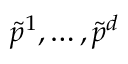
\tilde { p } ^ { 1 } , \ldots , \tilde { p } ^ { d }